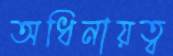
অধিনায়ত্ব